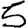
Digit: 5